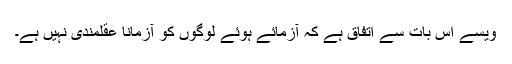
ویسے اس بات سے اتفاق ہے کہ آزمائے ہوئے لوگوں کو آزمانا عقلمندی نہیں ہے۔